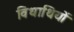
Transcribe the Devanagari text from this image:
विधाथियों